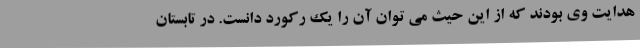
هدایت وی بودند که از این حیث می توان آن را یک رکورد دانست. در تابستان